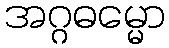
အဂ္ဂဓမ္မော